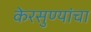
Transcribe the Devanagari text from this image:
केरसुण्यांचा